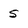
Character: 5